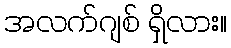
အလက်ဂျစ် ရှိလား။